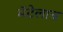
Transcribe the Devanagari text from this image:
मॅटेलाच